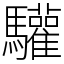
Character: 驩